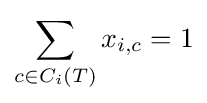
\sum _{c\in C_{i}(T)}x_{i,c}=1